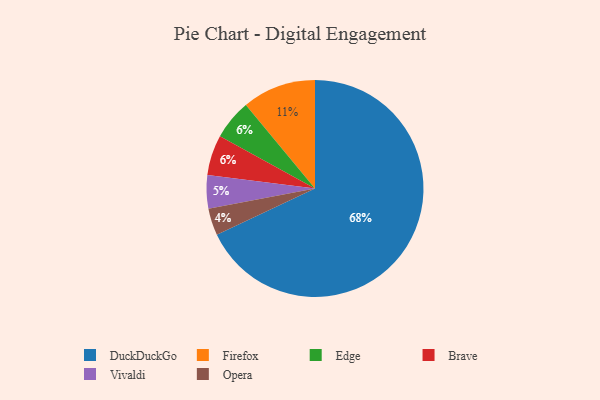
{"axis": {"x": "Category", "y": "Percentage"}, "legend": ["Brave", "DuckDuckGo", "Edge", "Firefox", "Opera", "Vivaldi"], "data": [{"x": "Opera", "y": 4, "type": "Opera"}, {"x": "DuckDuckGo", "y": 68, "type": "DuckDuckGo"}, {"x": "Edge", "y": 6, "type": "Edge"}, {"x": "Vivaldi", "y": 5, "type": "Vivaldi"}, {"x": "Firefox", "y": 11, "type": "Firefox"}, {"x": "Brave", "y": 6, "type": "Brave"}]}